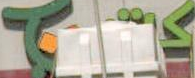
Ts